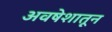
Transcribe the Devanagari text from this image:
अवषेशातून